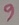
Text: 9